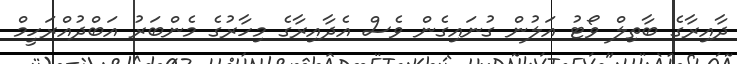
ދާއިރާގެ ބާތިލް ވޯޓު އަލުން ގުނައިގެން ވެސް އެދާއިރާގެ މިހާރުގެ މެންބަރު އަބްދުއްރަހީމް